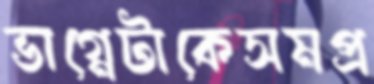
ভাগ্নেটাকেসমপ্র